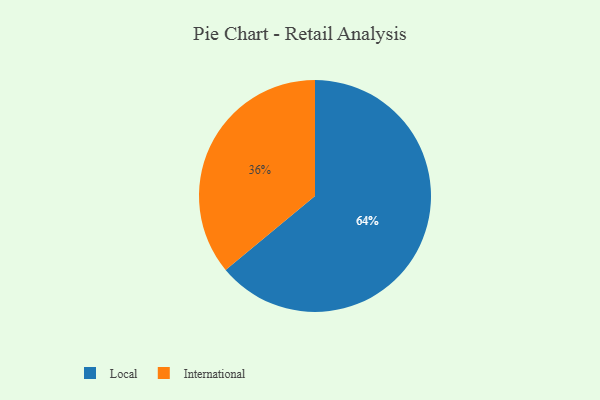
{"axis": {"x": "Category", "y": "Percentage"}, "legend": ["International", "Local"], "data": [{"x": "Local", "y": 64, "type": "Local"}, {"x": "International", "y": 36, "type": "International"}]}